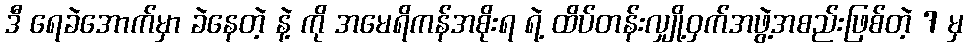
ဒီ ရေခဲအောက်မှာ ခဲနေတဲ့ နဲ့ ကို အမေရိကန်အစိုးရ ရဲ့ ထိပ်တန်းလျှို့ဝှက်အဖွဲ့အစည်းဖြစ်တဲ့ 7 မှ